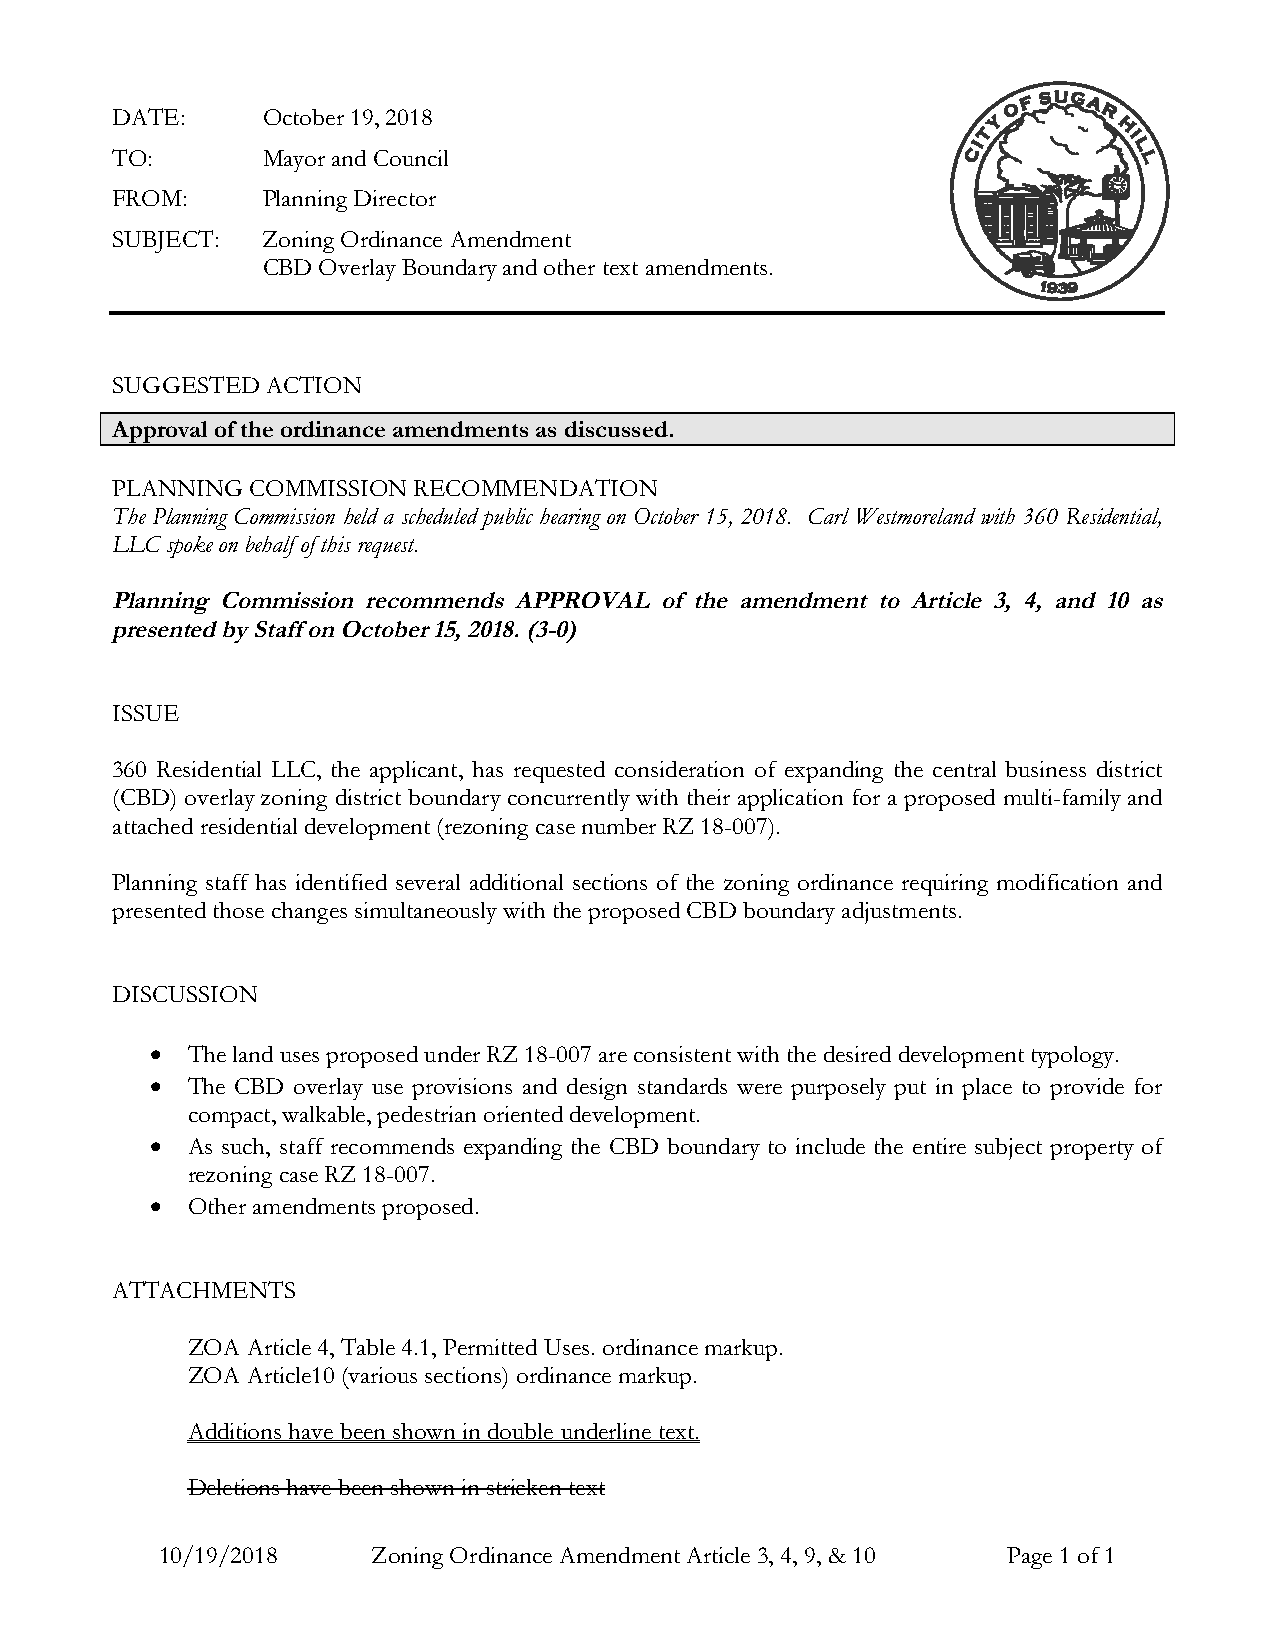
DATE:     October 19, 2018
 TO:       Mayor and Council
 FROM:     Planning Director
 SUBJECT:  Zoning Ordinance Amendment
 CBD Overlay Boundary and other text amendments.
 SUGGESTED  ACTION
 Approval of the ordinance amendments as discussed.
 PLANNING  COMMISSION RECOMMENDATION
 The Planning Commission held a scheduled public hearing on October 15, 2018. Carl Westmoreland with 360 Residential,
 LLC spoke on behalf of this request.
 Planning Commission recommends APPROVAL of the amendment to Article 3, 4, and 10 as
 presented by Staff on October 15, 2018. (3-0)
 ISSUE
 360 Residential LLC, the applicant, has requested consideration of expanding the central business district
 (CBD) overlay zoning district boundary concurrently with their application for a proposed multi-family and
 attached residential development (rezoning case number RZ 18-007).
 Planning staff has identified several additional sections of the zoning ordinance requiring modification and
 presented those changes simultaneously with the proposed CBD boundary adjustments.
 DISCUSSION
  The land uses proposed under RZ 18-007 are consistent with the desired development typology.
  The CBD overlay use provisions and design standards were purposely put in place to provide for
 compact, walkable, pedestrian oriented development.
  As such, staff recommends expanding the CBD boundary to include the entire subject property of
 rezoning case RZ 18-007.
  Other amendments proposed.
 ATTACHMENTS
 ZOA Article 4, Table 4.1, Permitted Uses. ordinance markup.
 ZOA Article10 (various sections) ordinance markup.
 Additions have been shown in double underline text.
 Deletions have been shown in stricken text
 10/19/2018    Zoning Ordinance Amendment Article 3, 4, 9, & 10 Page 1 of 1